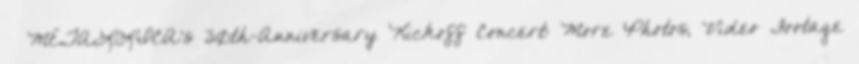
↑ METALLICA's 30th-Anniversary Kickoff Concert: More Photos, Video Footage